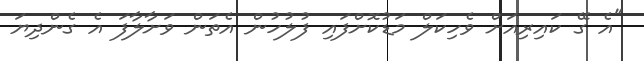
"އެ ގޭ ކައިރިއަށް ވެހިކަލް މަޑުކޮށްފައި ފުލުހުން އެތަން ވަށާލާފަ އެ ގެންދިޔަ